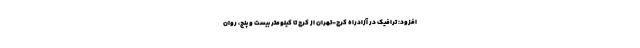
افزود: ترافیک در آزادراه کرج-تهران از کرج تا کیلومتر بیست و پنج، روان